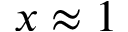
x \approx 1